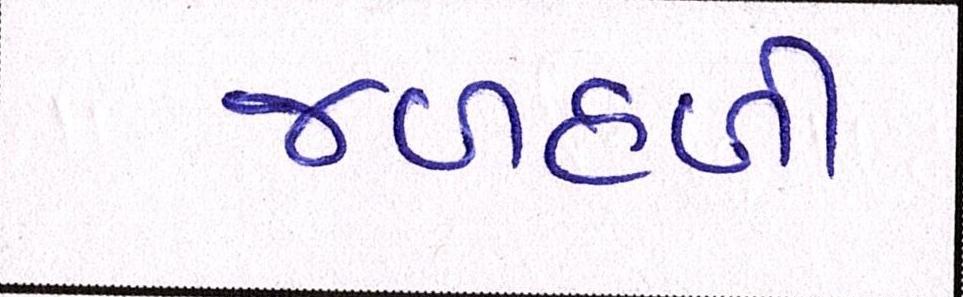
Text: જળહળી